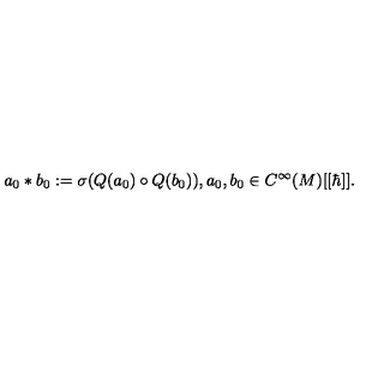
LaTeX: a _ { 0 } * b _ { 0 } : = \sigma ( Q ( a _ { 0 } ) \circ Q ( b _ { 0 } ) ) , a _ { 0 } , b _ { 0 } \in C ^ { \infty } ( M ) [ [ \hbar ] ] .